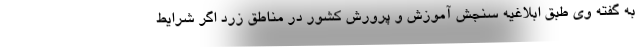
به گفته وی طبق ابلاغیه سنجش آموزش و پرورش کشور در مناطق زرد اگر شرایط